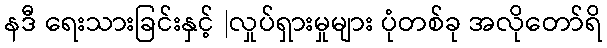
နဒီ ရေးသားခြင်းနှင့် |လှုပ်ရှားမှုများ ပုံတစ်ခု အလိုတော်ရိ